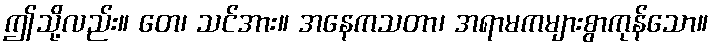
ဤသို့လည်း။ တေ၊ သင်အား။ အနေကသတာ၊ အရာမကများစွာကုန်သော။